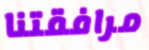
مرافقتنا